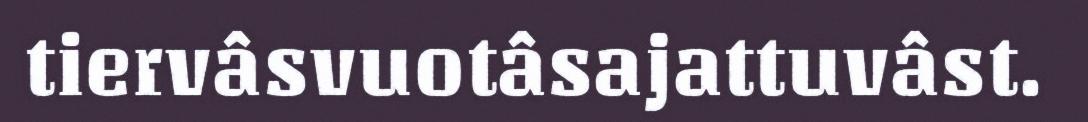
tiervâsvuotâsajattuvâst.